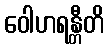
ဝေါဟရန္တီတိ